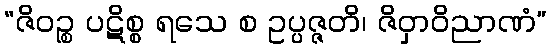
“ဇိဝဉ္စ ပဋိစ္စ ရသေ စ ဥပ္ပဇ္ဇတိ၊ ဇိဝှာဝိညာဏံ”